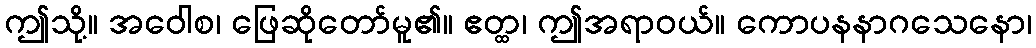
ဤသို့။ အဝေါစ၊ ဖြေဆိုတော်မူ၏။ ဧတ္ထ၊ ဤအရာဝယ်။ ကောပနနာဂသေနော၊